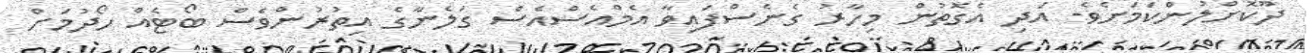
ދޫކޮށްލުންކަމަށެވެ. އަދި އެގޮތުން މިހާރު ގެނެސްފައިވާ އެމްއެސްއެސް ގަލެނާގެ އިތުރުންވެސް ބޯޓެއް ހޯދުމަށް